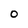
Character: O